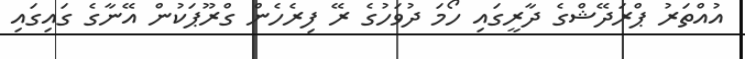
އުއްތަރު ޕްރަދޭޝްގެ ދާރީގައި ހޯމަ ދުވަހުގެ ރޭ ފިރެހެން ގްރޫޕަކުން އޭނާގެ ގައިގައި